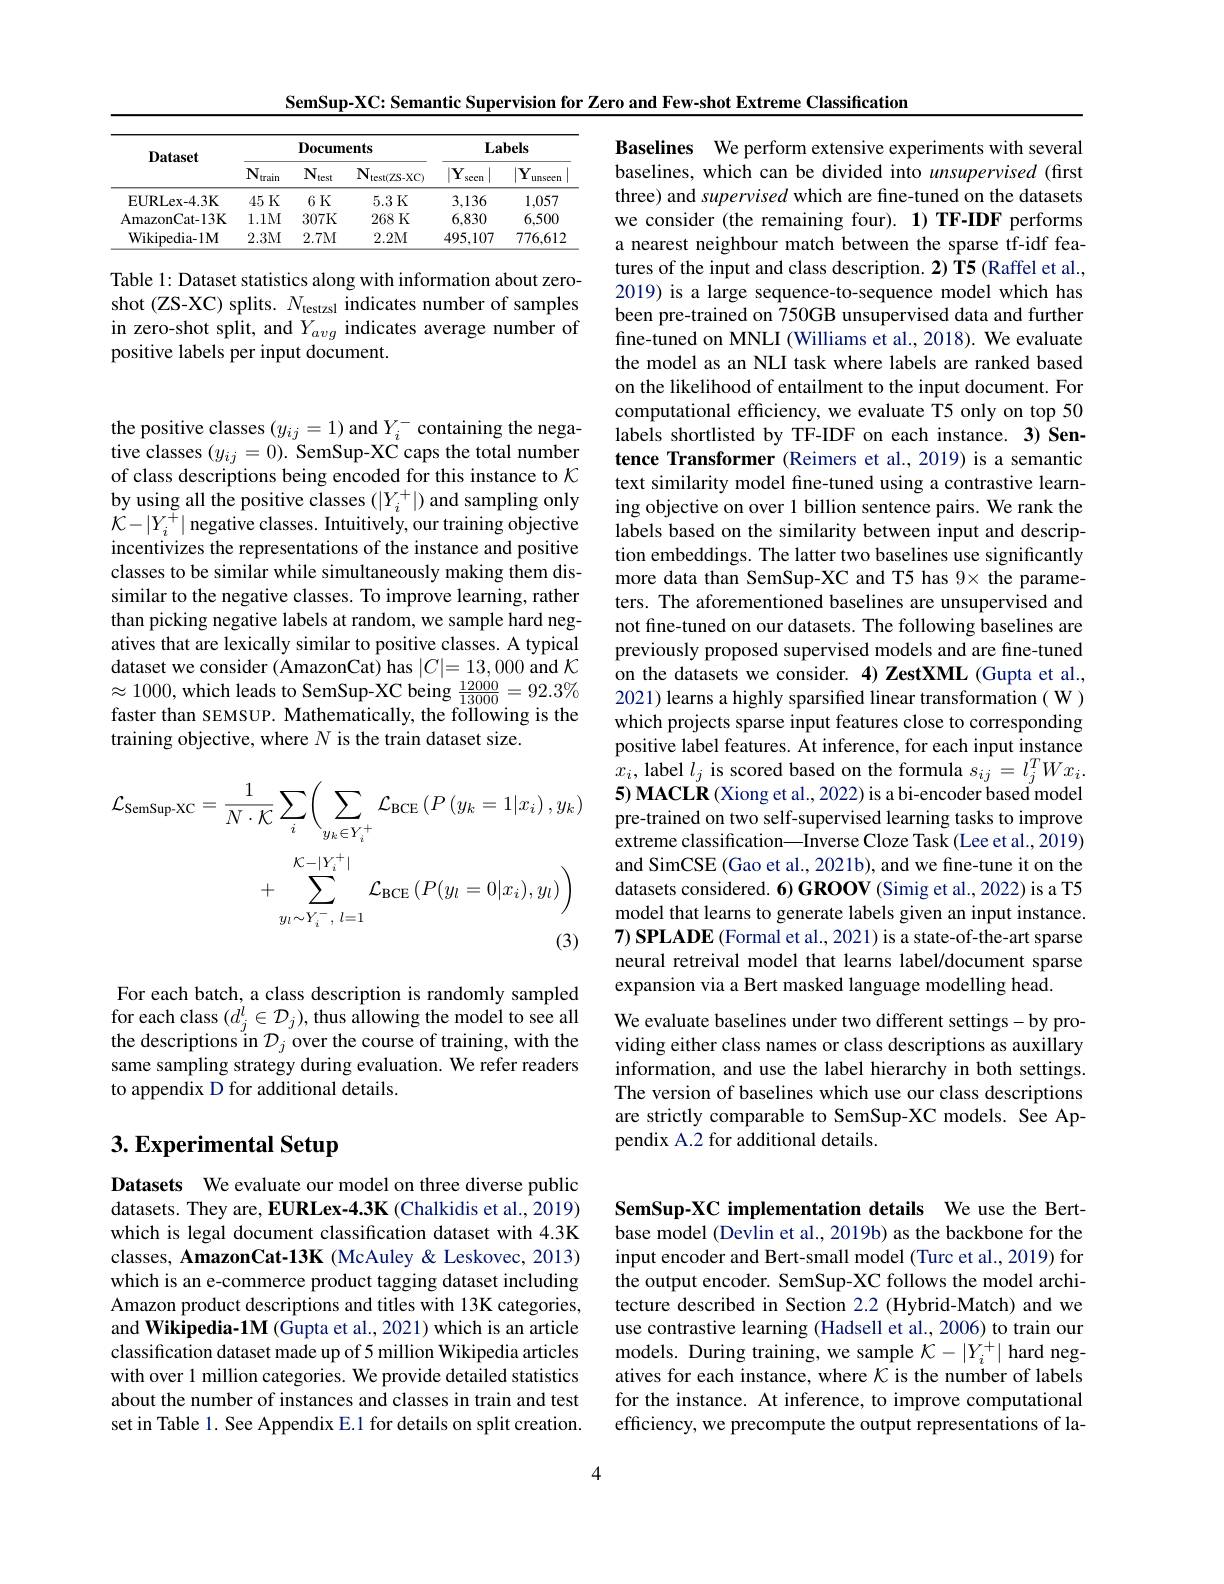
SemSup-XC: Semantic Supervision for Zero and Few-shot Extreme Classification

<table>
	<tbody>
		<tr>
			<th rowspan="2">Dataset</th>
			<th colspan="3">Documents</th>
			<th colspan="2">$\mathbf{Labels}$</th>
		</tr>
		<tr>
			<th>$\mathbf{N}_{\mathrm{train}}$</th>
			<th>$\mathbf{N}_{\mathrm{test}}$</th>
			<th>$N_{\mathrm{t}}$ test$( ZS- XC)$</th>
			<th>$|\mathbf{Y}_{:}$ secn </th>
			<th>$|\mathbf{Y}_{1}$ unseen</th>
		</tr>
		<tr>
			<td>EURLex- 4. 3K</td>
			<td>45K</td>
			<td>6K</td>
			<td>5.3K</td>
			<td>3,136</td>
			<td>1,057</td>
		</tr>
		<tr>
			<td>AmazonCat-13K</td>
			<td>1.1M</td>
			<td>307K</td>
			<td>268K</td>
			<td>6,830</td>
			<td>6,500</td>
		</tr>
		<tr>
			<td>Wikipedia-1M</td>
			<td>2.3M</td>
			<td>2.7M</td>
			<td>2.2M</td>
			<td>495,107</td>
			<td>776,612</td>
		</tr>
	</tbody>
</table>

Table 1: Dataset statistics along with information about zeroshot (ZS-XC) splits. $N_\mathrm{testzsl}$ indicates number of samples in zero-shot split, and $Y_{avg}$ indicates average number of positive labels per input document.

the positive classes $(y_{ij}=1)$ and $Y_i^-$ containing the negative classes $(y_{ij}=0).$ SemSup-XC caps the total number of class descriptions being encoded for this instance to $\mathcal{K}$ by using all the positive classes $(|Y_i^+|)$ and sampling only $\dot{\mathcal{K}}-|\dot{Y_{i}^{+}}|$ negative classes. Intuitively, our training objective incentivizes the representations of the instance and positive classes to be similar while simultaneously making them dissimilar to the negative classes. To improve learning, rather than picking negative labels at random, we sample hard negatives that are lexically similar to positive classes. A typical dataset we consider (AmazonCat) has $|C|=13,000$ and $\mathcal{K}$ $\approx1000$,which leads to SemSup-XC being $\frac{12000}{13000}=92.3\%$ faster than SEMSUP. Mathematically, the following is the training objective, where $N$ is the train dataset size.
$$\begin{aligned}\mathcal{L}_{\mathrm{SemSup-XC}}&=\frac{1}{N\cdot\mathcal{K}}\sum_{i}\biggl(\sum_{y_{k}\in Y_{i}^{+}}\mathcal{L}_{\mathrm{BCE}}\left(P\left(y_{k}=1|x_{i}\right),y_{k}\right)\\&+\sum_{y_{l}\sim Y_{i}^{-}\:,\:l=1}^{\mathcal{K}_{-}|Y_{i}^{+}|}\mathcal{L}_{\mathrm{BCE}}\left(P(y_{l}=0|x_{i}),y_{l}\right)\biggr)\end{aligned}$$
For each batch, a class description is randomly sampled the descriptions in $\mathcal{D}_j$ over the course of training, with the same sampling strategy during evaluation. We refer readers to appendix D for additional details.

# 3. Experimental Setup

Datasets We evaluate our model on three diverse public datasets. They are, EURLex-4.3K (Chalkidis et al., 2019) which is legal document classification dataset with 4.3K classes, AmazonCat-13K (McAuley & Leskovec, 2013) which is an e-commerce product tagging dataset including Amazon product descriptions and titles with 13K categories, and Wikipedia-1M (Gupta et al., 2021) which is an article classification dataset made up of 5 million Wikipedia articles with over 1 million categories. We provide detailed statistics about the number of instances and classes in train and test set in Table 1. See Appendix E.1 for details on split creation.

Baselines We perform extensive experiments with several baselines, which can be divided into unsupervised (first three) and supervised which are fine-tuned on the datasets we consider (the remaining four). 1) TF-IDF performs a nearest neighbour match between the sparse tf-idf features of the input and class description. 2) T5 (Raffel et al., 2019) is a large sequence-to-sequence model which has been pre-trained on 750GB unsupervised data and further fine-tuned on MNLI (Williams et al., 2018). We evaluate the model as an NLI task where labels are ranked based on the likelihood of entailment to the input document. For computational efficiency, we evaluate T5 only on top 50 labels shortlisted by TF-IDF on each instance. 3) Sentence Transformer (Reimers et al.,2019) is a semantic text similarity model fine-tuned using a contrastive learning objective on over 1 billion sentence pairs. We rank the labels based on the similarity between input and description embeddings. The latter two baselines use significantly more data than SemSup-XC and T5 has 9× the parameters. The aforementioned baselines are unsupervised and not fine-tuned on our datasets. The following baselines are previously proposed supervised models and are fine-tuned on the datasets we consider. 4) ZestXML (Gupta et al., 2021) learns a highly sparsified linear transformation ( W ) which projects sparse input features close to corresponding positive label features. At inference, for each input instance $x_{i}$, label $l_j$ is scored based on the formula $s_ij=l_j^TWx_i.$ 5) MACLR (Xiong et al., 2022) is a bi-encoder based model pre-trained on two self-supervised learning tasks to improve extreme classification\_Inverse Cloze Task (Lee et al., 2019) and SimCSE (Gao et al., 2021b), and we fine-tune it on the datasets considered. 6) GROOV (Simig et al., 2022) is a T5 model that learns to generate labels given an input instance. $7) \textbf{SPLADE ( Formal et al. , 2021) is a state- of- the- art sparse}$ neural retreival model that learns label/document sparse expansion via a Bert masked language modelling head.
for each class $(d_j^l\in\mathcal{D}_j)$,thus allowing the model to see all We evaluate baselines under two different settings-by prothe descriptions in $\mathcal{D}_j$ over the course of training, with the viding either class names or class descriptions as auxilla
viding either class names or class descriptions as auxillary information, and use the label hierarchy in both settings. The version of baselines which use our class descriptions

are strictly comparable to SemSup-XC models. See Ap-
pendix A.2 for additional details.

SemSup-XC implementation details We use the Bertbase model (Devlin et al., 2019b) as the backbone for the input encoder and Bert-small model (Turc et al., 2019) for the output encoder. SemSup-XC follows the model architecture described in Section 2.2 (Hybrid-Match) and we use contrastive learning (Hadsell et al., 2006) to train our models. During training, we sample $\mathcal{K}-|Y_i^+|$ hard negatives for each instance, where $K$ is the number of labels for the instance. At inference, to improve computational efficiency, we precompute the output representations of la-

4